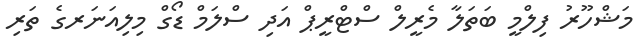
މަޝްހޫރު ފިލްމީ ބަތަލާ މެރީލް ސްޓްރީޕް އަދި ސްލަމް ޑޯގް މިލިއަނަރގެ ތަރި